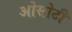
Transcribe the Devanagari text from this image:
ओसोटी